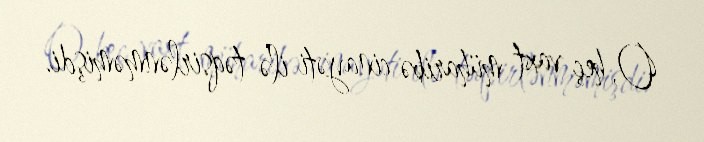
O, heç vaxt müharibə cinayəti ilə təqsirlənməmişdi.